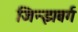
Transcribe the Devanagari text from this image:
जिन्झबर्ग